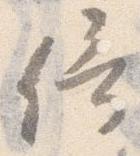
倚